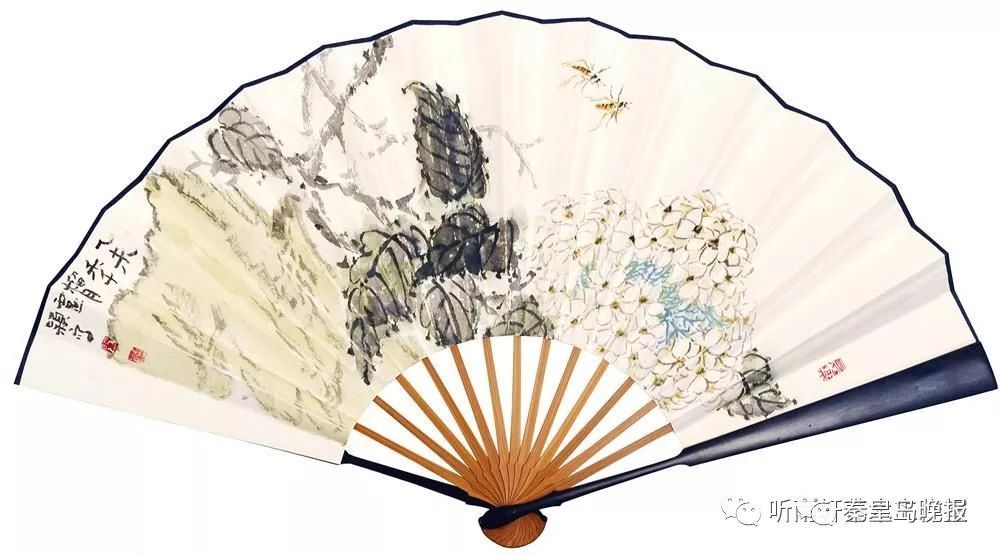
出入君怀袖，动摇微风发。